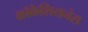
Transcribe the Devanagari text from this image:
कॉकेशियनंस